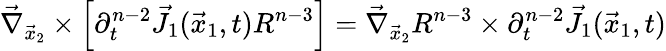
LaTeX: \vec{\nabla}_{\vec{x}_{2}}\times\left[\partial_{t}^{n-2}\vec{J}_{1}(\vec{x}_{1},t)R^{n-3}\right]=\vec{\nabla}_{\vec{x}_{2}}R^{n-3}\times\partial_{t}^{n-2}\vec{J}_{1}(\vec{x}_{1},t)